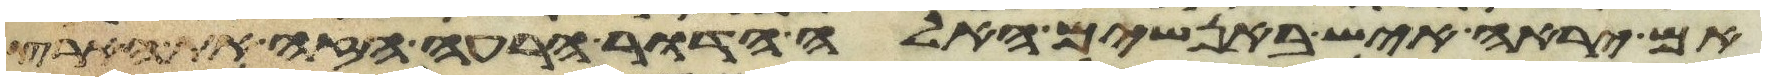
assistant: אם יראה איש באנשים האלה הדור הרע הזה את הארץ